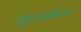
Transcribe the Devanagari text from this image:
व्युत्पत्तीच्या